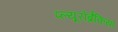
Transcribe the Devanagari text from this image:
प्ल्यूरोब्रैकिया